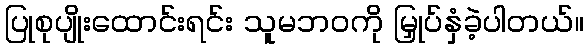
ပြုစုပျိုးထောင်းရင်း သူမဘဝကို မြှုပ်နှံခဲ့ပါတယ်။